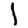
Digit: 1